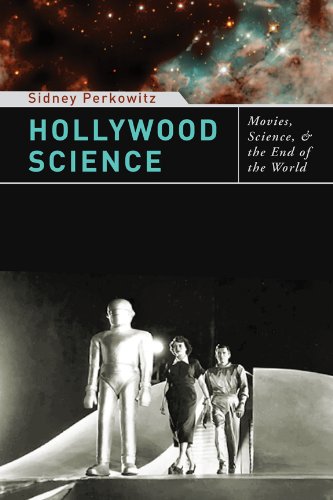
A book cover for Hollywood Science: Movies, Science, and the End of the World; Sidney Perkowitz; Humor & Entertainment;